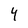
Character: 4